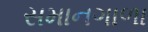
સમાનગાળા